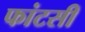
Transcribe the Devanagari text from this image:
फांटसी